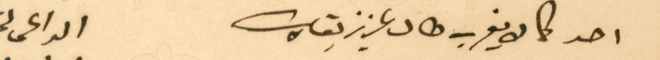
احد كما لا يقرب طال عزيز بقاك                                               الداعى لحضرتكم